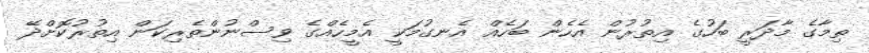
ތިމާގެ މާދަރީ ބަހުގެ އިތުރުން އެހެން ބަހެއް އެނގުމަކީ އެމީހެއްގެ ވިސްނުންތެރިކަން އިތުރުކޮށްދޭ